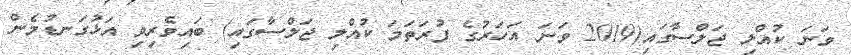
ވަނަ ކުއްލި ޖަލްސާގައި(2019 ވަނަ އަހަރުގެ ފުރަތަމަ ކުއްލި ޖަލްސާގައި) ބައިވެރިވި އަޅުގަނޑުމެން